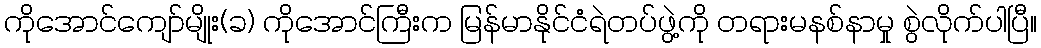
ကိုအောင်ကျော်မျိုး(ခ) ကိုအောင်ကြီးက မြန်မာနိုင်ငံရဲတပ်ဖွဲ့ကို တရားမနစ်နာမှု စွဲလိုက်ပါပြီ။